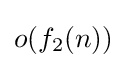
o(f_{2}(n))